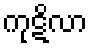
ကုဋိလာ